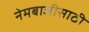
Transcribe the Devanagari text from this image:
नेमबाजीसाठी